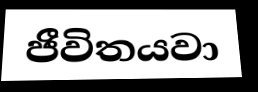
ජීවිතයවා